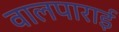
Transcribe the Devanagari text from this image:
वालपाराई